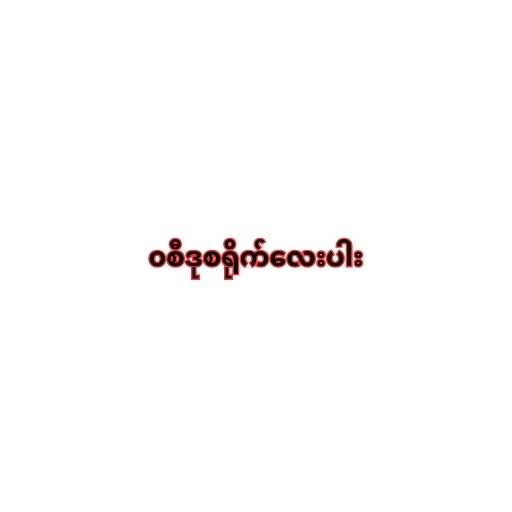
၀စီဒုစရိုက်လေးပါး